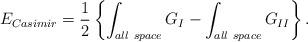
LaTeX: \begin{align*}E_{\small Casimir} = {1\over2} \left\{ \int_{\small all~space} G_I - \int_{\small all~space} G_{II} \right\}.\end{align*}